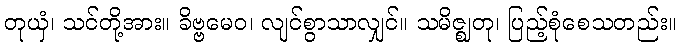
တုယှံ၊ သင်တို့အား။ ခိဗ္ဗမေဝ၊ လျင်စွာသာလျှင်။ သမိဇ္ဈတု၊ ပြည့်စုံစေသတည်း။